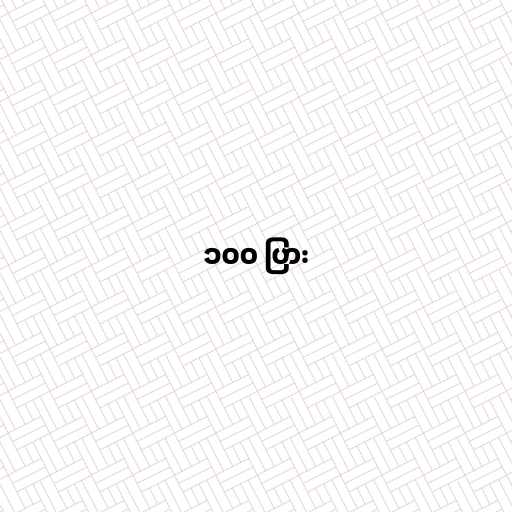
၁၀၀ ပြား